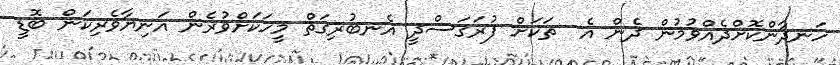
ހަނދާންކޮށްދެއްވުމުން ދެން އެ  ތަކަށް ފުރަގަސްދީ އެނބުރިގަތް މީހަކަށްވުރެން އަނިޔާވެރިކަން ބޮޑީ